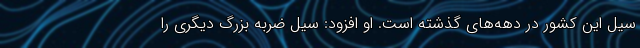
سیل این کشور در دهه‌های گذشته است. او افزود: سیل ضربه بزرگ دیگری را